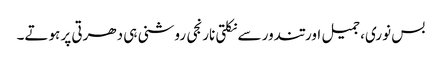
بس نوری، جمیل اور تندور سے نکلتی نارنجی روشنی ہی دھرتی پر ہوتے۔